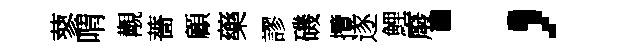
蓼喟覯薔顧藥謬磯攬逐鯉廢；